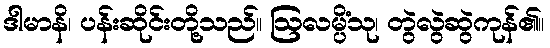
ဒါမာနိ၊ ပန်းဆိုင်းတို့သည်။ ဩလမ္ပိံသု၊ တွဲလွဲဆွဲကုန်၏။